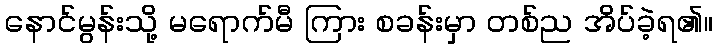
နောင်မွန်းသို့ မရောက်မီ ကြား စခန်းမှာ တစ်ည အိပ်ခဲ့ရ၏။